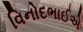
વિનોદભાઈએ